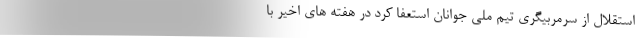
استقلال از سرمربیگری تیم ملی جوانان استعفا کرد در هفته های اخیر با